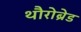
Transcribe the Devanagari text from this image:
थौरोब्रेड